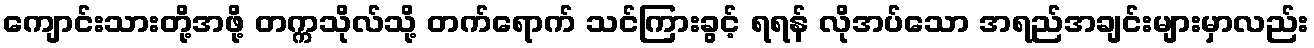
ကျောင်းသားတို့အဖို့ တက္ကသိုလ်သို့ တက်ရောက် သင်ကြားခွင့် ရရန် လိုအပ်သော အရည်အချင်းများမှာလည်း